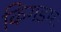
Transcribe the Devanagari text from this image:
किंगडमः